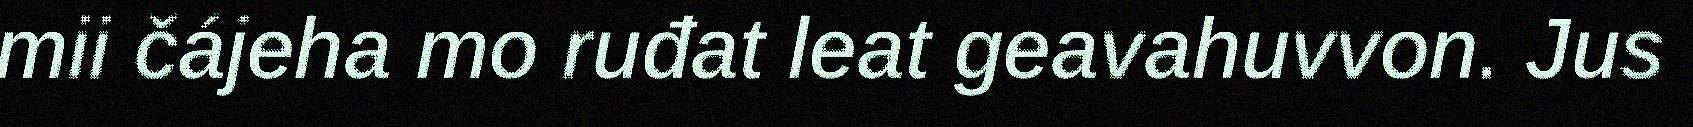
mii čájeha mo ruđat leat geavahuvvon. Jus